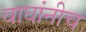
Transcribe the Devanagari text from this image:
वाघांनीच